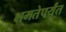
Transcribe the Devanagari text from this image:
क्षमतेपर्यंत